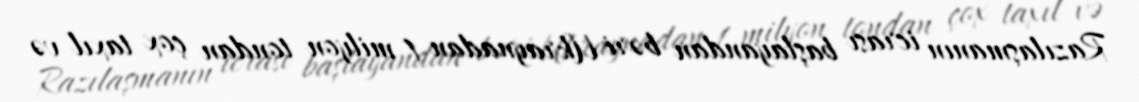
Razılaşmanın icrası başlayandan bəri Ukraynadan 1 milyon tondan çox taxıl və